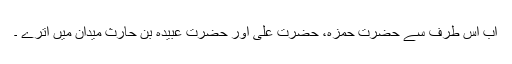
اب اس طرف سے حضرت حمزہؓ، حضرت علیؓ اور حضرت عبیدہ بن حارث میدان میں اترے ۔